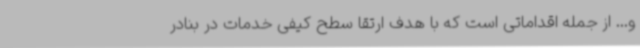
و... از جمله اقداماتی است که با هدف ارتقا سطح کیفی خدمات در بنادر